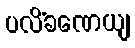
ပလိံခဏေယျ